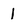
Character: 1